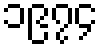
၁၉၇၄